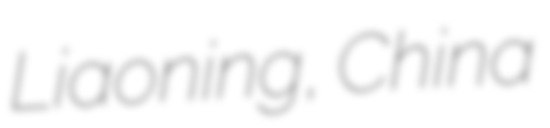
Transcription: Liaoning, China